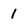
Character: 1